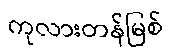
ကုလားတန်မြစ်